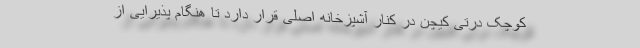
کوچک درتی کیچن در کنار آشپزخانه اصلی قرار دارد تا هنگام پذیرایی از